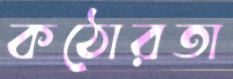
কঠোরতা